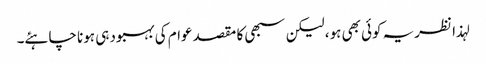
لہذا نظریہ کوئی بھی ہو، لیکن سبھی کا مقصد عوام کی بہبود ہی ہونا چاہئے۔